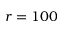
r = 1 0 0